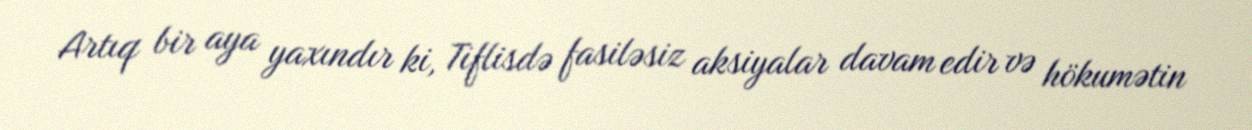
Artıq bir aya yaxındır ki, Tiflisdə fasiləsiz aksiyalar davam edir və hökumətin